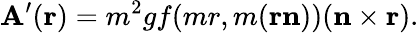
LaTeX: {\mathbf A}^{\prime}({\mathbf r})=m^{2}gf(mr,m({\mathbf r}{\mathbf n}))({\mathbf n}\times{\mathbf r}).